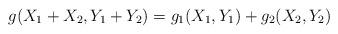
LaTeX: \begin{align*} g(X_{1}+X_{2},Y_{1}+Y_{2})=g_{1}(X_{1},Y_{1})+g_{2}(X_{2},Y_{2})\end{align*}